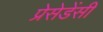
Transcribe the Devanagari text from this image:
प्रेसेडेंसी